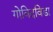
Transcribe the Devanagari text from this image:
गोविदविडा